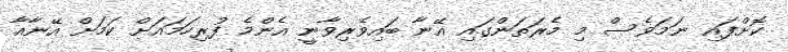
ކޮށްފައި ނަމަވެސް މި މެރަތަންގައި އޭނާ ބައިވެރިވާނީ އެންމެ ފުރިހަމައަށް ކަމަށް އޭނާއާ